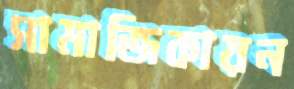
সামাজিকায়ন